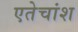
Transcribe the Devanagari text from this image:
एतेचांश